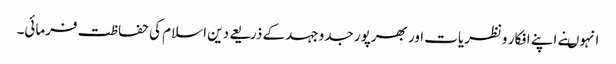
انہوںنے اپنے افکار ونظریات اور بھرپور جدوجہد کے ذریعے دین اسلام کی حفاظت فرمائی۔